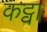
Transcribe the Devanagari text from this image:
कट्वा